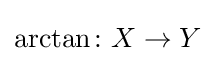
\operatorname {arctan} \colon X\to Y